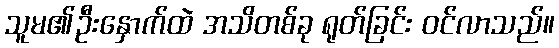
သူမ၏ဦးနှောက်ထဲ အသိတစ်ခု ရုတ်ခြင်း ဝင်လာသည်။